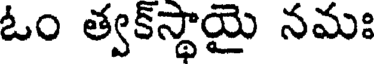
ఓం త్వక్స్థాయై నమః